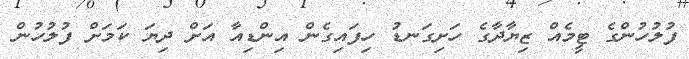
ފުލުހުންގެ ޓީމެއް ޒިޔާދާގެ ހަށިގަނޑު ހިފައިގެން އިންޑިއާ އަށް ދިޔަ ކަމަށް ފުލުހުން